Leaving Certificate Examination, 1909
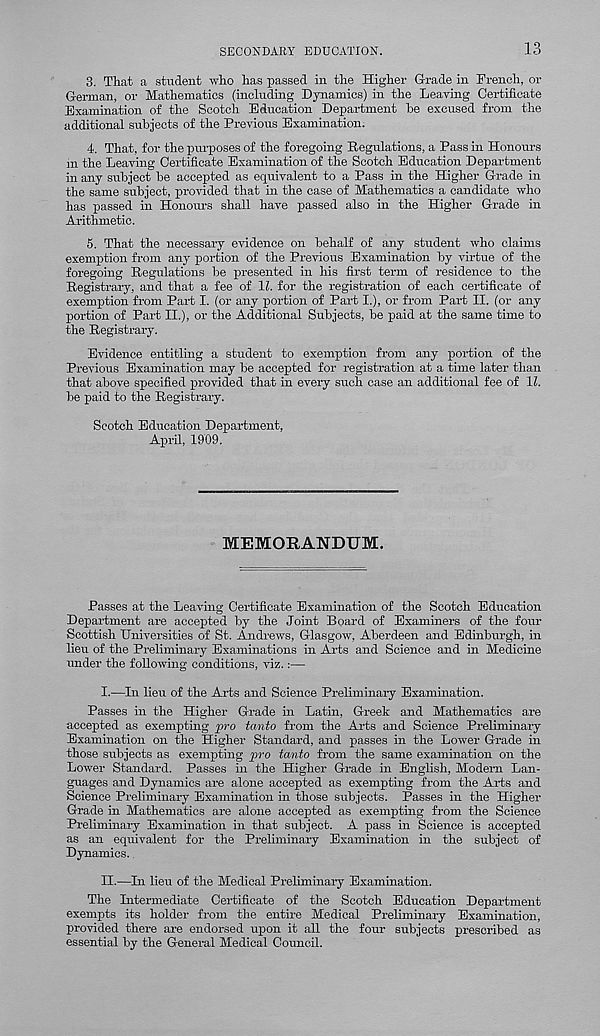
SECONDARY EDUCATION.
13
3. That a student who has passed in the Higher Grade in French, or
German, or Mathematics (including Dynamics) in the Leaving Certificate
Examination of the Scotch Education Department he excused from the
additional subjects of the Previous Examination.
4. That, for the purposes of the foregoing Regulations, a Pass in Honours
m the Leaving Certificate Examination of the Scotch Education Department
in any subject be accepted as equivalent to a Pass in the Higher Grade in
the same subject, provided that in the case of Mathematics a candidate who
has passed in Honours shall have passed also in the Higher Grade in
Arithmetic.
5. That the necessary evidence on behalf of any student who claims
exemption from any portion of the Previous Examination by virtue of the
foregoing Regulations be presented in his first term of residence to the
Registrary, and that a fee of 11. for the registration of each certificate of
exemption from Part I. (or any portion of Part I.), or from Part II. (or any
portion of Part II.), or the Additional Subjects, be paid at the same time to
the Registrary.
Evidence entitling a student to exemption from any portion of the
Previous Examination may be accepted for registration at a time later than
that above specified provided that in every such case an additional fee of 12.
be paid to the Registrary.
Scotch Education Department,
April, 1909.
MEMORANDUM.
Passes at the Leaving Certificate Examination of the Scotch Education
Department are accepted by the Joint Board of Examiners of the four
Scottish Universities of St. Andrews, Glasgow, Aberdeen and Edinburgh, in
lieu of the Preliminary Examinations in Arts and Science and in Medicine
under the following conditions, viz.:—
I.
—In lieu of the Arts and Science Prelimina
Passes in the Higher Grade in Latin, Greek and Mathematics are
accepted as exempting pro tanto from the Arts and Science Preliminary
Examination on the Higher Standard, and passes in the Lower Grade in
those subjects as exempting pro tanto from the same examination on the
Lower Standard. Passes in the Higher Grade in English, Modern Lan-
guages and Dynamics are alone accepted as exempting from the Arts and
Science Preliminary Examination in those subjects. Passes in the Higher
Grade in Mathematics are alone accepted as exempting from the Science
Preliminary Examination in that subject. A pass in Science is accepted
as an equivalent for the Preliminary Examination in the subject of
Dynamics.
II.
—In lieu of the Medical Preliminary Exa
The Intermediate Certificate of the Scotch Education Department
exempts its holder from the entire Medical Preliminary Examination,
provided there are endorsed upon it all the four subjects prescribed as
essential by the General Medical Council.